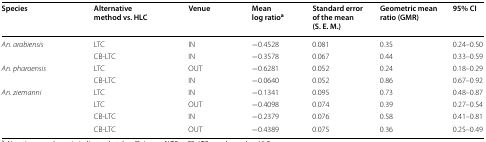
<table><thead><tr><td><b>Species</b></td><td><b>Alternative method vs. HLC</b></td><td><b>Venue</b></td><td><b>Mean log ratio<sup>a</sup></b></td><td><b>Standard error of the mean(S. E. M.)</b></td><td><b>Geometric mean ratio (GMR)</b></td><td><b>95% CI</b></td></tr></thead><tbody><tr><td rowspan="2"><i>An. arabiensis</i></td><td>LTC</td><td>IN</td><td>−0.4528</td><td>0.081</td><td>0.35</td><td>0.24–0.50</td></tr><tr><td>CB-LTC</td><td>IN</td><td>−0.3578</td><td>0.067</td><td>0.44</td><td>0.33–0.59</td></tr><tr><td rowspan="2"><i>An. pharoensis</i></td><td>LTC</td><td>OUT</td><td>−0.6281</td><td>0.052</td><td>0.24</td><td>0.18–0.29</td></tr><tr><td>CB-LTC</td><td>IN</td><td>−0.0640</td><td>0.052</td><td>0.86</td><td>0.67–0.92</td></tr><tr><td rowspan="4"><i>An. ziemanni</i></td><td>LTC</td><td>IN</td><td>−0.1341</td><td>0.095</td><td>0.73</td><td>0.48–0.87</td></tr><tr><td>LTC</td><td>OUT</td><td>−0.4098</td><td>0.074</td><td>0.39</td><td>0.27–0.54</td></tr><tr><td>CB-LTC</td><td>IN</td><td>−0.2379</td><td>0.076</td><td>0.58</td><td>0.41–0.81</td></tr><tr><td>CB-LTC</td><td>OUT</td><td>−0.4389</td><td>0.075</td><td>0.36</td><td>0.25–0.49</td></tr></tbody></table>